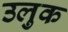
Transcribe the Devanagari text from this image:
उलुक